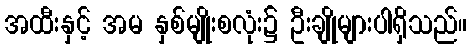
အထီးနှင့် အမ နှစ်မျိုးစလုံး၌ ဦးချိုများပါရှိသည်။